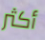
أكثر